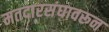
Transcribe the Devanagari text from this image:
मतदारसंघावरून